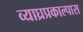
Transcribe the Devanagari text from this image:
व्याघ्रप्रकाल्पास